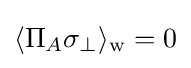
\langle \Pi _{A}\sigma _{\perp }\rangle _{\rm {w}}=0